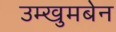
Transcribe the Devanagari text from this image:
उम्खुमबेन